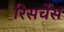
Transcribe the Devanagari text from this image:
रिसर्चेस